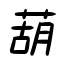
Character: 葫